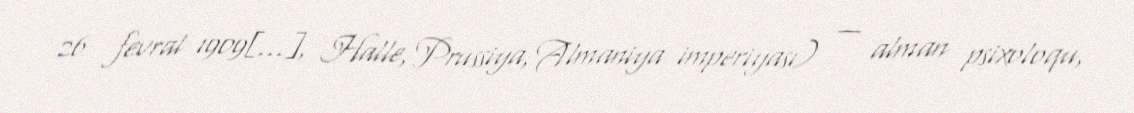
26 fevral 1909[…], Halle, Prussiya, Almaniya imperiyası) — alman psixoloqu,